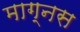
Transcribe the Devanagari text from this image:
माग्नस